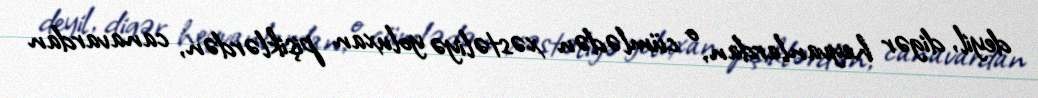
deyil, digər heyvanlardan, o cümlədən xəstəliyə yoluxan pişiklərdən, canavardan